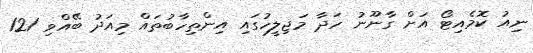
ނިއު ކޮމެއިޓޯ އަށް ގާނޫނު ހަދާ މަޖިލީހުގައި އިންތިހާބުތައް މިއަދު ބޭއްވި 121